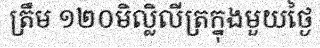
ត្រឹម ១២០មិល្លិលីត្រក្នុងមួយថ្ងៃ